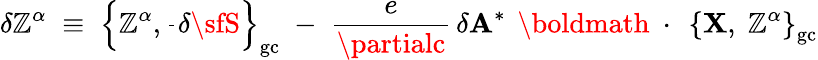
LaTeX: \delta\mathbb{Z}^{\alpha}\; \equiv\; \left\{ \mathbb{Z}^{\alpha},\frac{{}}{{}}\delta{\sfS}\right\} _{\mathrm{{gc}}}\; -\; \frac{{e}}{{\partialc}}\, \delta{\mathbf{A}}^{*}\, \mathrm{{~\boldmath~\cdot~}}\, \left\{ {\mathbf{X}},\; \mathbb{Z}^{\alpha}\right\} _{\mathrm{{gc}}}